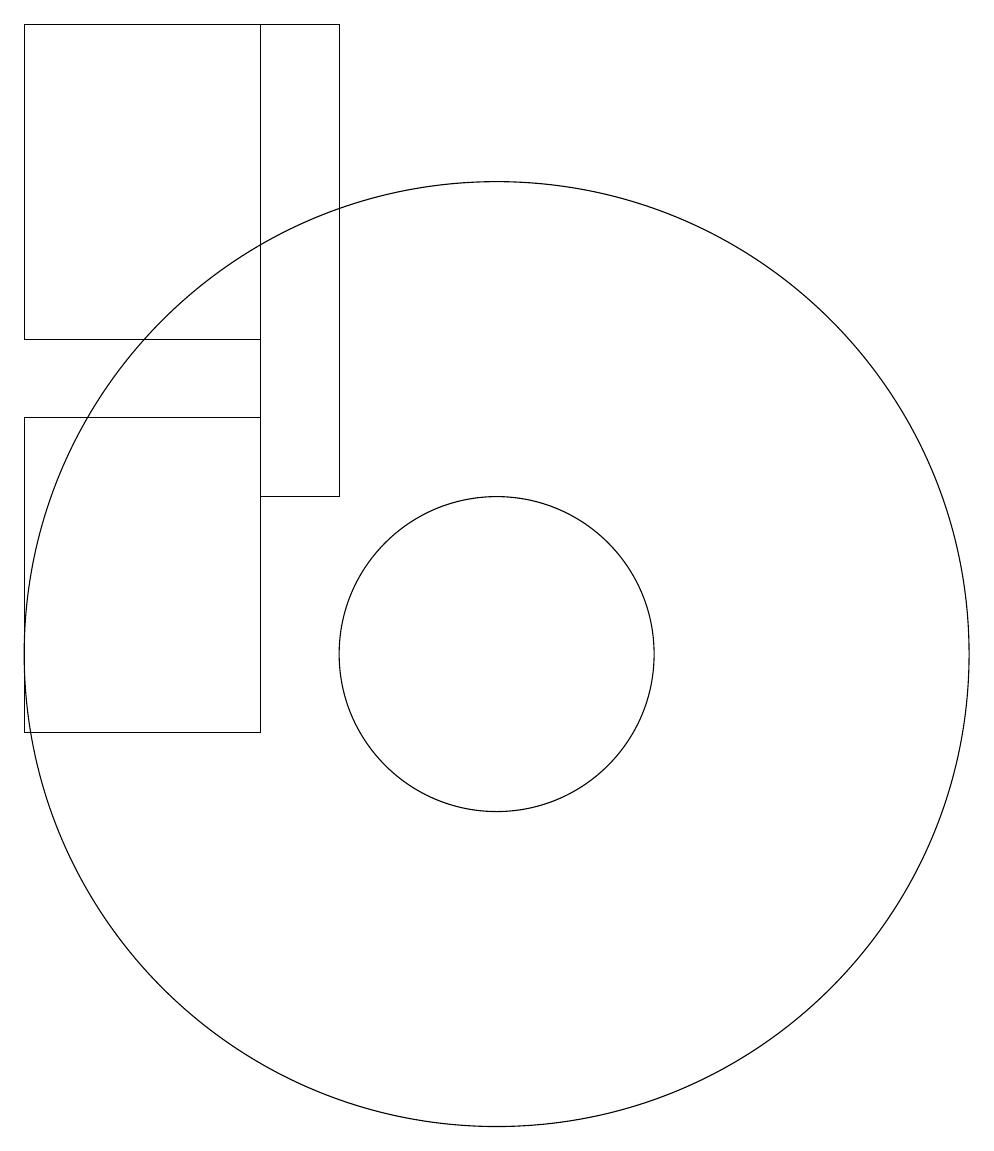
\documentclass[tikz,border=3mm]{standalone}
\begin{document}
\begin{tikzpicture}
\draw (4,19) rectangle (7,15);
\draw (10,11) circle (2);
\draw (7,13) rectangle (8,19);
\draw (4,14) rectangle (7,10);
\draw (10,11) circle (6);
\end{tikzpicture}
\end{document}